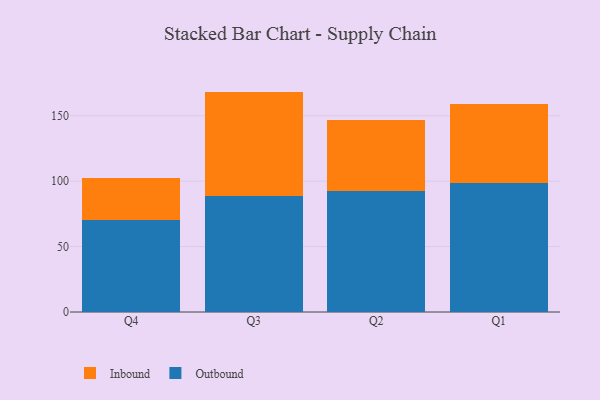
{"axis": {"x": "Quarter", "y": "Page Views"}, "legend": ["Inbound", "Outbound"], "data": [{"x": "Q4", "y": 70.0, "type": "Outbound"}, {"x": "Q4", "y": 32.1, "type": "Inbound"}, {"x": "Q3", "y": 88.7, "type": "Outbound"}, {"x": "Q3", "y": 79.7, "type": "Inbound"}, {"x": "Q2", "y": 92.5, "type": "Outbound"}, {"x": "Q2", "y": 54.3, "type": "Inbound"}, {"x": "Q1", "y": 98.9, "type": "Outbound"}, {"x": "Q1", "y": 60.3, "type": "Inbound"}]}